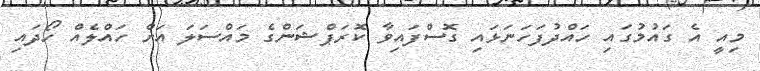
މިއީ އެ ގައުމުގައި ހައްދުފަހަނަޅައި ގޮސްފައިވާ ކޮރަޕްޝަންގެ މައްސަލަ އަށް ހައްލެއް ހޯދައި